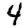
Digit: 4